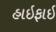
હાઇફાઇ